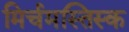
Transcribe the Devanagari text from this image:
मिर्चमस्तिस्क